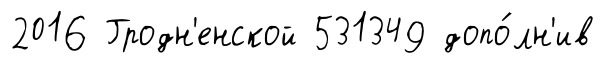
2016 Гродн'енской 531349 допо́лн'ив